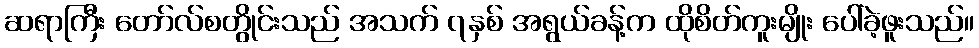
ဆရာကြီး တော်လ်စတွိုင်းသည် အသက် ၇နှစ် အရွယ်ခန့်က ထိုစိတ်ကူးမျိုး ပေါ်ခဲ့ဖူးသည်။